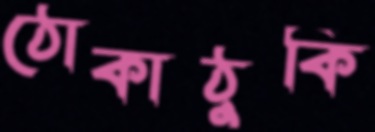
ঠোকাঠুকি